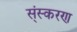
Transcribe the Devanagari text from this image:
स्ंस्करण